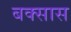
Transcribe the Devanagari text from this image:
बक्सास